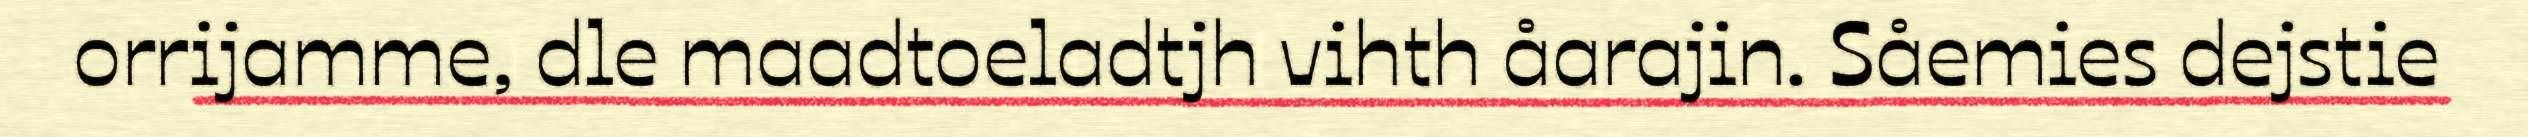
orrijamme, dle maadtoeladtjh vihth åarajin. Såemies dejstie